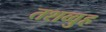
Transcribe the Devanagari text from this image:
तशव्वुह